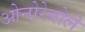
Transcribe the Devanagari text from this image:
ओनोरेवोले